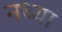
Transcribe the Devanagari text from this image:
नध्या